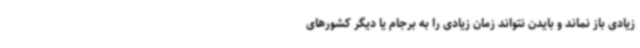
زیادی باز نماند و بایدن نتواند زمان زیادی را به برجام یا دیگر کشورهای